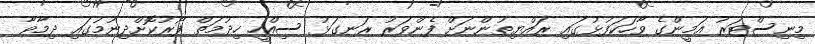
މިނިސްޓަރު އަމީންގެ ވާހަކަފުޅުގައި ރައްޔިތުންނަށް ފެންވަރު ރަނގަޅު ސިއްހީ ހިދުމަތް ފޯރުކޮށްދިނުމުގައި ދިމާވާ